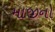
માજીનો